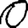
Digit: 0